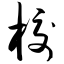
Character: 校